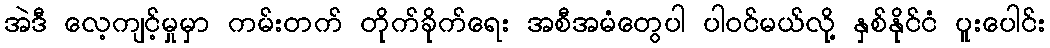
အဲဒီ လေ့ကျင့်မှုမှာ ကမ်းတက် တိုက်ခိုက်ရေး အစီအမံတွေပါ ပါဝင်မယ်လို့ နှစ်နိုင်ငံ ပူးပေါင်း